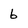
Character: 6